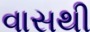
વાસથી